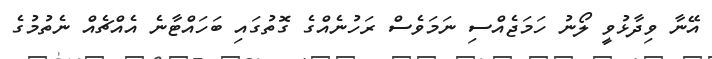
އޭނާ ވިދާޅުވީ ލޯނު ހަމަޖެއްސި ނަމަވެސް ރަހުނެއްގެ ގޮތުގައި ބަހައްޓާނެ އެއްޗެއް ނެތުމުގެ